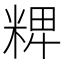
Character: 𥺛